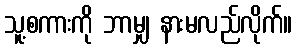
သူ့စကားကို ဘာမျှ နားမလည်လိုက်။